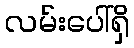
လမ်းပေါ်ရှိ